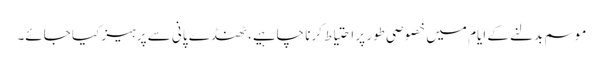
موسم بدلنے کے ایام میں خصوصی طور پر احتیاط کرنا چاہیے، ٹھنڈے پانی سے پرہیز کیا جائے۔